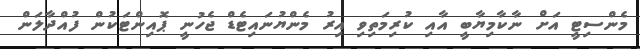
މެންސިޓީ އަށް ނާކާމިޔާބީ އާއި ކުރިމަތިވި އިރު މެންޔުނައިޓެޑް ޖެހުނީ ޕޮއިންޓަކުން ފުއްދާލަން